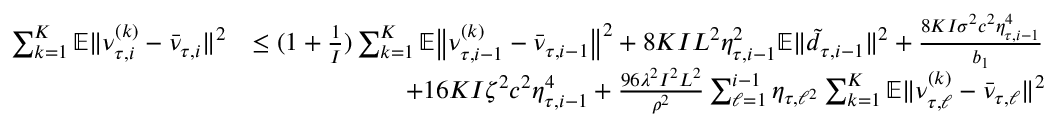
\begin{array} { r l } { \sum _ { k = 1 } ^ { K } \mathbb { E } \| \nu _ { \tau , i } ^ { ( k ) } - \bar { \nu } _ { \tau , i } \| ^ { 2 } } & { \leq ( 1 + \frac { 1 } { I } ) \sum _ { k = 1 } ^ { K } \mathbb { E } \big \| \nu _ { \tau , i - 1 } ^ { ( k ) } - \bar { \nu } _ { \tau , i - 1 } \big \| ^ { 2 } + 8 K I L ^ { 2 } \eta _ { \tau , i - 1 } ^ { 2 } \mathbb { E } \| \tilde { d } _ { \tau , i - 1 } \| ^ { 2 } + \frac { 8 K I \sigma ^ { 2 } c ^ { 2 } \eta _ { \tau , i - 1 } ^ { 4 } } { b _ { 1 } } } \\ & { \qquad \qquad \qquad + 1 6 K I \zeta ^ { 2 } c ^ { 2 } \eta _ { \tau , i - 1 } ^ { 4 } + \frac { 9 6 \lambda ^ { 2 } I ^ { 2 } L ^ { 2 } } { \rho ^ { 2 } } \sum _ { \ell = 1 } ^ { i - 1 } \eta _ { \tau , \ell ^ { 2 } } \sum _ { k = 1 } ^ { K } \mathbb { E } \| \nu _ { \tau , \ell } ^ { ( k ) } - \bar { \nu } _ { \tau , \ell } \| ^ { 2 } } \end{array}